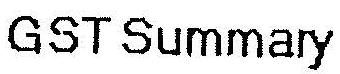
GST SUMMARY